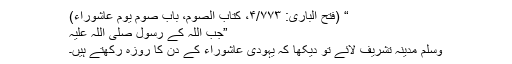
“ (فتح الباری: ۴/۷۷۳، کتاب الصوم، باب صوم یوم عاشوراء)
”جب اللہ کے رسول صلی اللہ علیہ
وسلم مدینہ تشریف لائے تو دیکھا کہ یہودی عاشوراء کے دن کا روزہ رکھتے ہیں۔